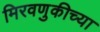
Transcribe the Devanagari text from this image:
मिरवणुकीच्या